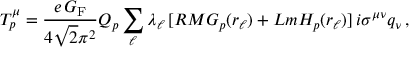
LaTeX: T _ { p } ^ { \mu } = \frac { e \, G _ { \mathrm { F } } } { 4 \sqrt { 2 } \pi ^ { 2 } } Q _ { p } \sum _ { \ell } \lambda _ { \ell } \, [ R M G _ { p } ( r _ { \ell } ) + L m H _ { p } ( r _ { \ell } ) ] \, i \sigma ^ { \mu \nu } q _ { \nu } \, ,